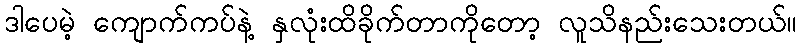
ဒါပေမဲ့ ကျောက်ကပ်နဲ့ နှလုံးထိခိုက်တာကိုတော့ လူသိနည်းသေးတယ်။